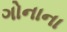
ગોનાના